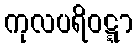
ကုလပရိဝဋ္ဋာ